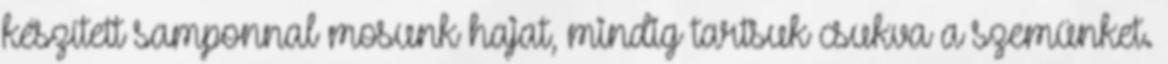
készített samponnal mosunk hajat, mindig tartsuk csukva a szemünket.